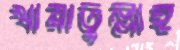
খায়াতুল্লাহ